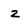
Character: 2